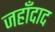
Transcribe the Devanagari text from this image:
जहाँदाद